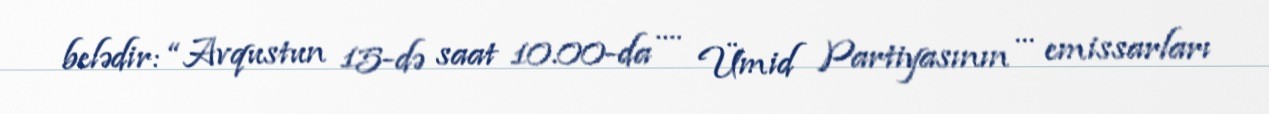
belədir: “Avqustun 15-də saat 10.00-da .... Ümid Partiyasının ... emissarları